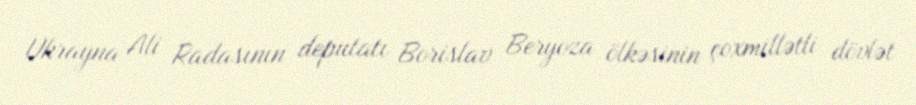
Ukrayna Ali Radasının deputatı Borislav Beryoza ölkəsinin çoxmillətli dövlət